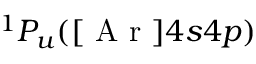
^ 1 P _ { u } ( [ \mathrm { ~ A ~ r ~ } ] 4 s 4 p )